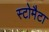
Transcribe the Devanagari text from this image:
स्टोमैटा